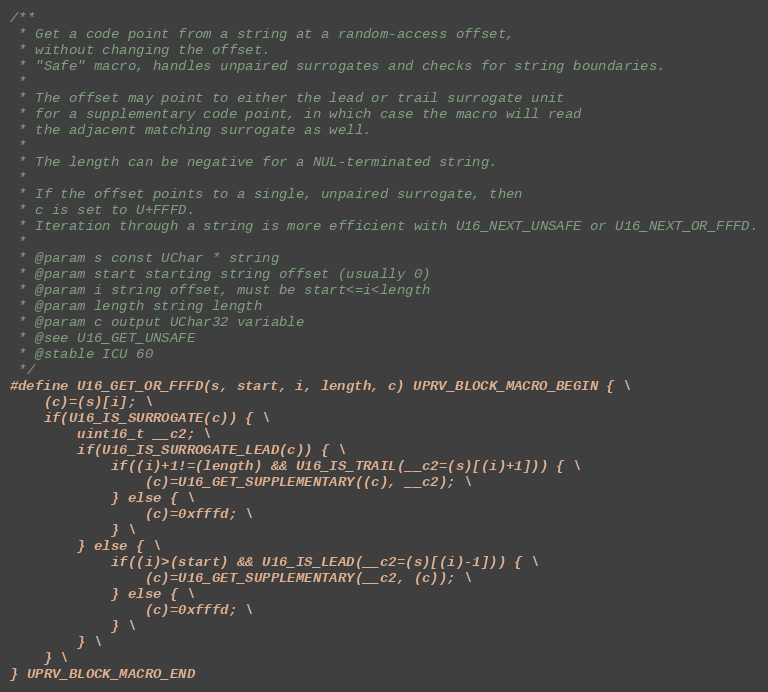
Language: C
/**
 * Get a code point from a string at a random-access offset,
 * without changing the offset.
 * "Safe" macro, handles unpaired surrogates and checks for string boundaries.
 *
 * The offset may point to either the lead or trail surrogate unit
 * for a supplementary code point, in which case the macro will read
 * the adjacent matching surrogate as well.
 *
 * The length can be negative for a NUL-terminated string.
 *
 * If the offset points to a single, unpaired surrogate, then
 * c is set to U+FFFD.
 * Iteration through a string is more efficient with U16_NEXT_UNSAFE or U16_NEXT_OR_FFFD.
 *
 * @param s const UChar * string
 * @param start starting string offset (usually 0)
 * @param i string offset, must be start<=i<length
 * @param length string length
 * @param c output UChar32 variable
 * @see U16_GET_UNSAFE
 * @stable ICU 60
 */
#define U16_GET_OR_FFFD(s, start, i, length, c) UPRV_BLOCK_MACRO_BEGIN { \
    (c)=(s)[i]; \
    if(U16_IS_SURROGATE(c)) { \
        uint16_t __c2; \
        if(U16_IS_SURROGATE_LEAD(c)) { \
            if((i)+1!=(length) && U16_IS_TRAIL(__c2=(s)[(i)+1])) { \
                (c)=U16_GET_SUPPLEMENTARY((c), __c2); \
            } else { \
                (c)=0xfffd; \
            } \
        } else { \
            if((i)>(start) && U16_IS_LEAD(__c2=(s)[(i)-1])) { \
                (c)=U16_GET_SUPPLEMENTARY(__c2, (c)); \
            } else { \
                (c)=0xfffd; \
            } \
        } \
    } \
} UPRV_BLOCK_MACRO_END